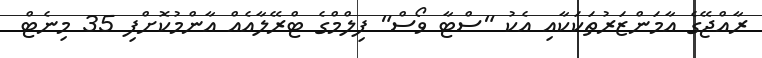
ރާއްޖޭގެ އާމަންޒަރުތަކަކާއި އެކު "ސްޓާ ވޯސް" ފިލްމްގެ ޓްރޭލާއެއް އާންމުކޮށްފި 35 މިނެޓް